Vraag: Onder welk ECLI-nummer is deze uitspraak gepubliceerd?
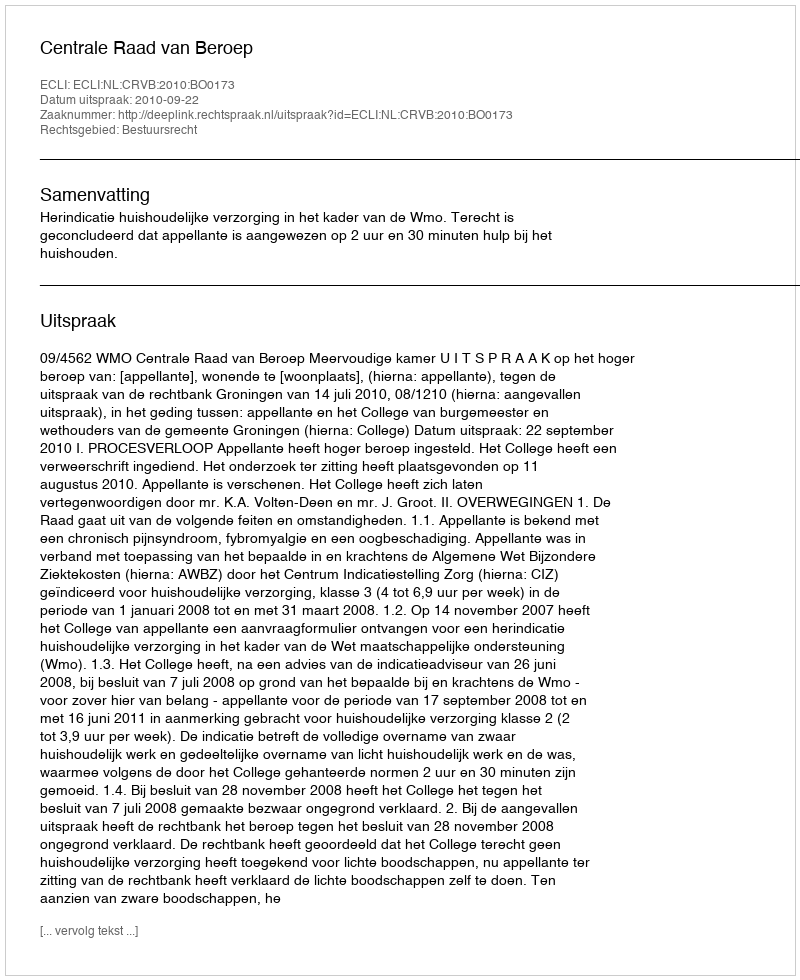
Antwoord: ECLI:NL:CRVB:2010:BO0173